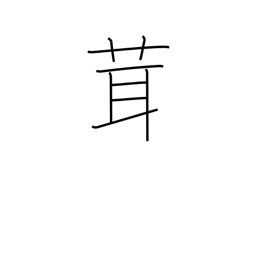
Meaning: mushroom